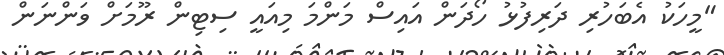
"މީހަކު އެބަހުރި ދަރިފުޅު ހޯދަން އައިސް މަންމަ މިއައީ ސިޓިން ރޫމަށް ވަންނަން